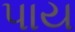
પાય